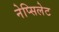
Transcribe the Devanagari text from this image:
नेप्सिलेट